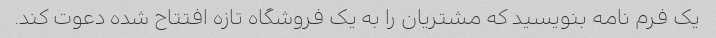
یک فرم نامه بنویسید که مشتریان را به یک فروشگاه تازه افتتاح شده دعوت کند.